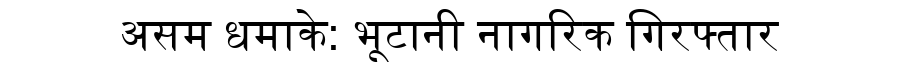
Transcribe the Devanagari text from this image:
असम धमाके: भूटानी नागरिक गिरफ्तार